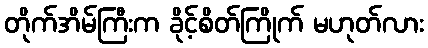
တိုက်အိမ်ကြီးက ခိုင့်စိတ်ကြိုက် မဟုတ်လား